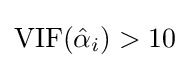
\operatorname {VIF} ({\hat {\alpha }}_{i})>10